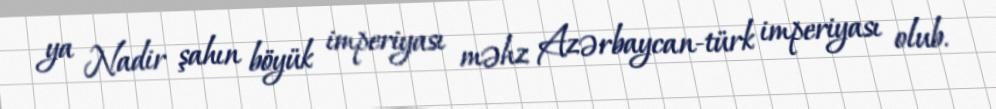
ya Nadir şahın böyük imperiyası məhz Azərbaycan-türk imperiyası olub.